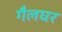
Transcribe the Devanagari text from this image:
गैलघर